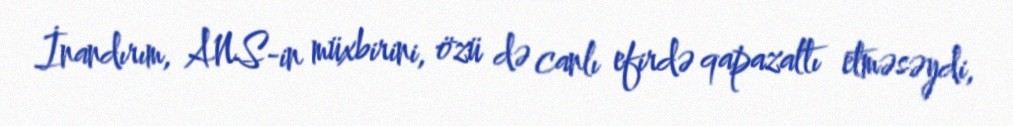
İnandırım, ANS-in müxbirini, özü də canlı efirdə qapazaltı etməsəydi,